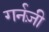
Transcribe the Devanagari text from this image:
गर्नज़ी